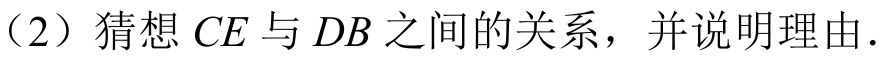
（2）猜想\(CE\)与\(DB\)之间的关系，并说明理由.